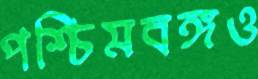
পশ্চিমবঙ্গও